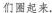
们圈起来，